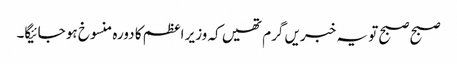
صبح صبح تو یہ خبریں گرم تھیں کہ وزیر اعظم کا دورہ منسوخ ہو جائیگا۔